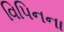
વિપિનના